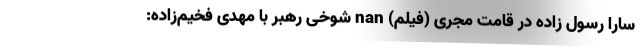
سارا رسول زاده در قامت مجری (فیلم) nan شوخی رهبر با مهدی فخیم‌زاده: